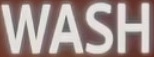
WASH